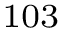
^ \mathrm { 1 0 3 }